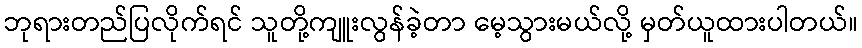
ဘုရားတည်ပြလိုက်ရင် သူတို့ကျူးလွန်ခဲ့တာ မေ့သွားမယ်လို့ မှတ်ယူထားပါတယ်။